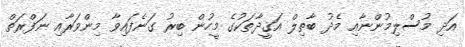
އަދި މުސްލިމުންނާއި މެދު ބާތިލް އަޤީދާތަކުގެ މީހުން ބިރު ގަނެފައިވާ މިންވަރާއި ނަފްރަތް